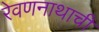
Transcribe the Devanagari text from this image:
रेवणनाथाची